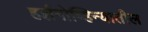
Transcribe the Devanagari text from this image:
हर्झगोव्हिन्यातील